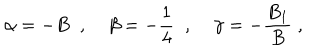
\alpha = - B \; \; , \; \beta = - \frac { 1 } { 4 } \; \; , \; \gamma = - \frac { B _ { 1 } } { B } \; ,